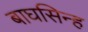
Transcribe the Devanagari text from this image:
बाघसिन्ह